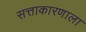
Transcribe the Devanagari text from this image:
सत्ताकारणाला